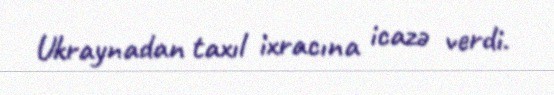
Ukraynadan taxıl ixracına icazə verdi.